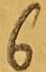
Text: 6